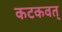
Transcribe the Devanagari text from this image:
कटकवत्